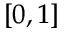
\scriptstyle [ 0 , \, 1 ]